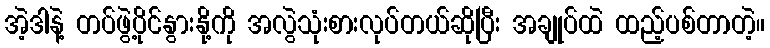
အဲ့ဒါနဲ့ တပ်ဖွဲ့ပိုင်နွားနို့ကို အလွဲသုံးစားလုပ်တယ်ဆိုပြီး အချုပ်ထဲ ထည့်ပစ်တာတဲ့။